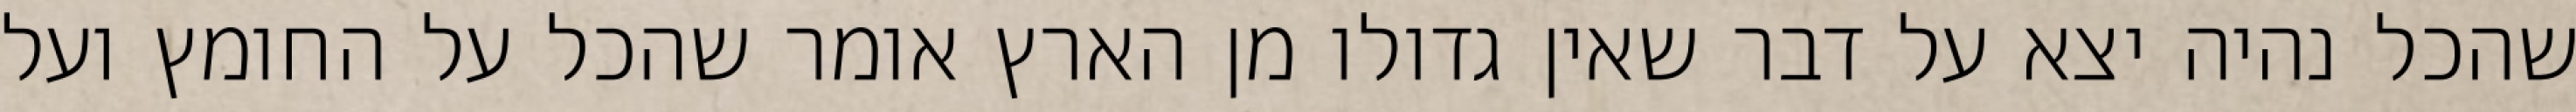
שהכל נהיה יצא על דבר שאין גדולו מן הארץ אומר שהכל על החומץ ועל